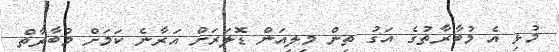
މުޅި އެ މުބާރާތުގެ އަގު ތިން މިލިއަން ޑޮލަރަށް އަރާނެ ކަމަށް މުބާރާތް